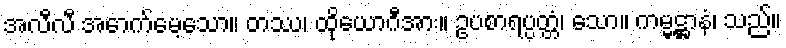
အလီလီ အောက်မေ့သော။ တဿ၊ ထိုယောဂီအား။ ဥပစာရပ္ပတ္တံ၊ သော။ ကမ္မဋ္ဌာနံ၊ သည်။